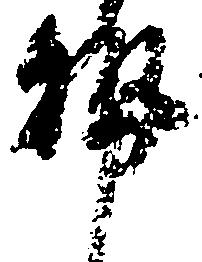
勢